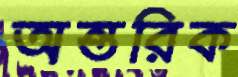
অন্তরিক